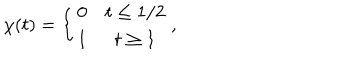
LaTeX: \chi ( t ) = \left\{ \begin{array} { c c } { { 0 } } & { { t \leq 1 / 2 } } \\ { { 1 } } & { { t \geq 1 } } \\ \end{array} \right. ,